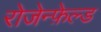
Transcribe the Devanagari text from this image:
रोजेन्फ़ेल्ड